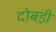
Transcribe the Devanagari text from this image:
दोबड़ी